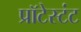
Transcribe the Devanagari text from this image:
प्रॉटेस्टंट